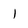
Character: l